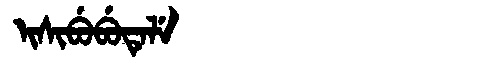
Manchu: ᡳᠰᡳᠪᡠᠪᡠᡨᡝᠯᡝ
Romanization: ISIBUBUTELE